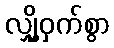
လျှို့ဝှက်စွာ